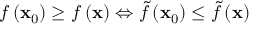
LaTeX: f \left( \mathbf { x } _ { 0 } \right) \geq f \left( \mathbf { x } \right) \Leftrightarrow { \tilde { f } } \left( \mathbf { x } _ { 0 } \right) \leq { \tilde { f } } \left( \mathbf { x } \right)